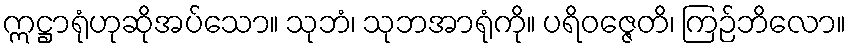
ဣဋ္ဌာရုံဟုဆိုအပ်သော။ သုဘံ၊ သုဘအာရုံကို။ ပရိဝဇ္ဇေတိ၊ ကြဉ်ဘိလော။